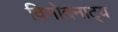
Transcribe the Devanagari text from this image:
विनोदनाट्य